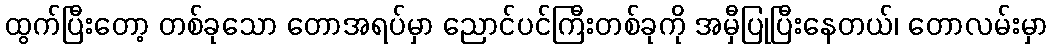
ထွက်ပြီးတော့ တစ်ခုသော တောအရပ်မှာ ညောင်ပင်ကြီးတစ်ခုကို အမှီပြုပြီးနေတယ်၊ တောလမ်းမှာ